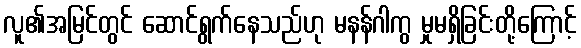
လူ၏အမြင်တွင် ဆောင်ရွက်နေသည်ဟု မနန်ဂါကွ မှုမရှိခြင်းတို့ကြောင့်